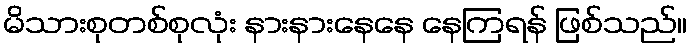
မိသားစုတစ်စုလုံး နားနားနေနေ နေကြရန် ဖြစ်သည်။